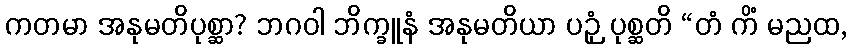
ကတမာ အနုမတိပုစ္ဆာ? ဘဂဝါ ဘိက္ခူနံ အနုမတိယာ ပဉှံ ပုစ္ဆတိ “တံ ကိံ မညထ,